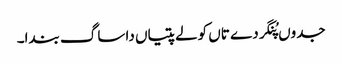
جدوں پُنگردے تاں کولے پتیاں دا ساگ بندا۔